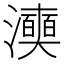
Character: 𭳞